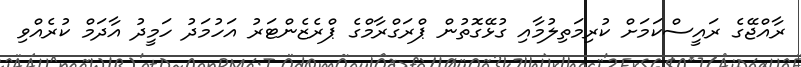
ރާއްޖޭގެ ރައީސްކަމަށް ކުރިމަތިލުމާއި ގުޅޭގޮތުން ޕްރަގްރާމްގެ ޕްރެޒެންޓަރު އަހުމަދު ހަމީދު އާދަމް ކުރެއްވި